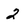
Character: 2